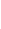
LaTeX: \mathsf{H}\! \! \! \! \! \! \! \! \! \! \! \! (\! \! \! \! \! \! \! \! \! \! \! \! 0\! \! \! \! \! \! \! \! \! \! \! \! ,t\! \! \! \! \! \! \! \! \! \! \! \! )\! \! \! \! \! \! \! \! \! \! \! \! =A\! \! \! \! \! \! \! \! \! \! \! \! (\! \! \! \! \! \! \! \! \! \! \! \! \theta\! \! \! \! \! \! \! \! \! \! \! \! (t\! \! \! \! \! \! \! \! \! \! \! \! )\! \! \! \! \! \! \! \! \! \! \! \! )\! \! \! \! \! \! \! \! \! \! \! \! =\! \! \! \! \! \! \! \! \! \! \! \! \Theta\! \! \! \! \! \! \! \! \! \! \! \! (t\! \! \! \! \! \! \! \! \! \! \! \! )\! \! \! \! \! \! \! \! \! \! \!